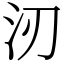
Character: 㲽